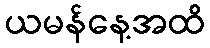
ယမန်နေ့အထိ